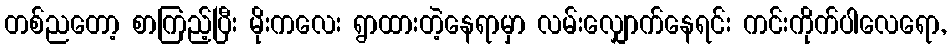
တစ်ညတော့ စာကြည့်ပြီး မိုးကလေး ရွာထားတဲ့နေရာမှာ လမ်းလျှောက်နေရင်း ကင်းကိုက်ပါလေရော,